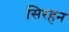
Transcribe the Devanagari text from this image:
सिरहन